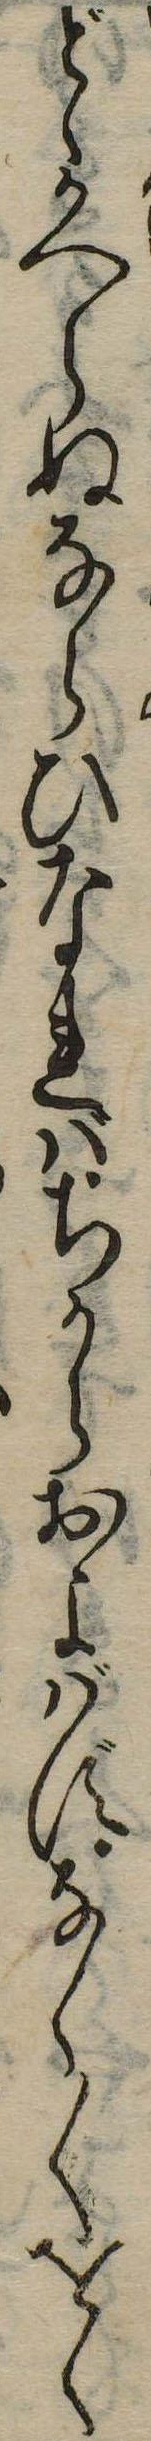
どゝかへらぬならひなればちからおよはずなく〱をく